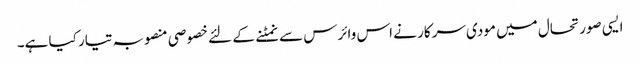
ایسی صورتحال میں مودی سرکار نے اس وائرس سے نمٹنے کے لئے خصوصی منصوبہ تیار کیا ہے۔